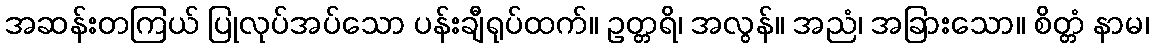
အဆန်းတကြယ် ပြုလုပ်အပ်သော ပန်းချီရုပ်ထက်။ ဥတ္တရိ၊ အလွန်။ အညံ၊ အခြားသော။ စိတ္တံ နာမ၊